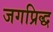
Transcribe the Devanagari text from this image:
जगप्रिद्ध